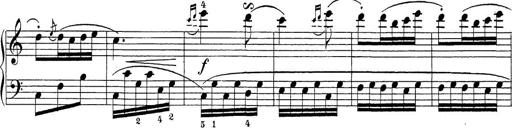
Title: Sonatina Album
Composer: Louis KÃ¶hler